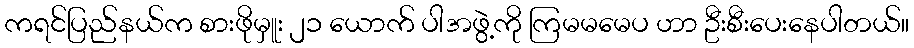
ကရင်ပြည်နယ်က စားဖိုမှူး ၂၁ ယောက် ပါအဖွဲ့ကို ကြမမမေပ ဟာ ဦးစီးပေးနေပါတယ်။